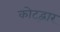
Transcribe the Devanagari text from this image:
कोट्द्वार